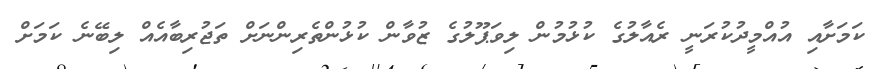
ކަމަށާއި އުއްމީދުކުރަނީ ރެއާލުގެ ކުޅުމުން ލިވަޕޫލުގެ ޒުވާން ކުޅުންތެރިންނަށް ތަޖުރިބާއެއް ލިބޭނެ ކަމަށް